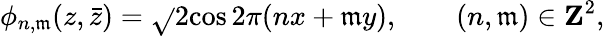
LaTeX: \phi_{n,\mathfrak{m}}(z,\bar{{z}})=\sqrt{}{2}\mathrm{{cos}}\, 2\pi(nx+\mathfrak{m}y),\qquad(n,\mathfrak{m})\in{\mathbf{Z}}^{2},